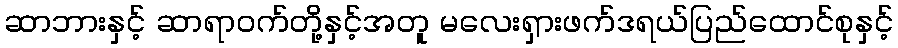
ဆာဘားနှင့် ဆာရာဝက်တို့နှင့်အတူ မလေးရှားဖက်ဒရယ်ပြည်ထောင်စုနှင့်